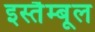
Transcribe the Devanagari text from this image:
इस्तैम्बूल